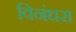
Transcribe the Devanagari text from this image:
विनंधरा